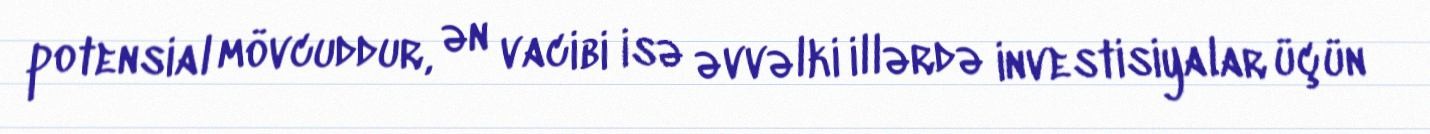
potensial mövcuddur, ən vacibi isə əvvəlki illərdə investisiyalar üçün